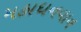
મહાધનવાન